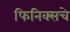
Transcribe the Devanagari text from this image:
फिनिक्सचे